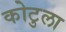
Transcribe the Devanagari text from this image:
कोटुला